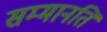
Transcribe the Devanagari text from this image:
सम्मानति